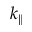
k _ { \parallel }